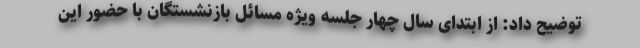
توضیح داد: از ابتدای سال چهار جلسه ویژه مسائل بازنشستگان با حضور این